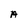
Character: A